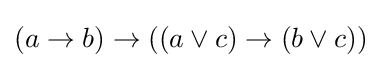
(a\rightarrow b)\rightarrow ((a\lor c)\rightarrow (b\lor c))